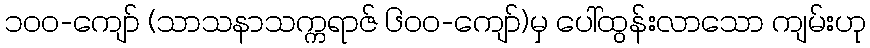
၁၀၀-ကျော် (သာသနာသက္ကရာဇ် ၆၀၀-ကျော်)မှ ပေါ်ထွန်းလာသော ကျမ်းဟု